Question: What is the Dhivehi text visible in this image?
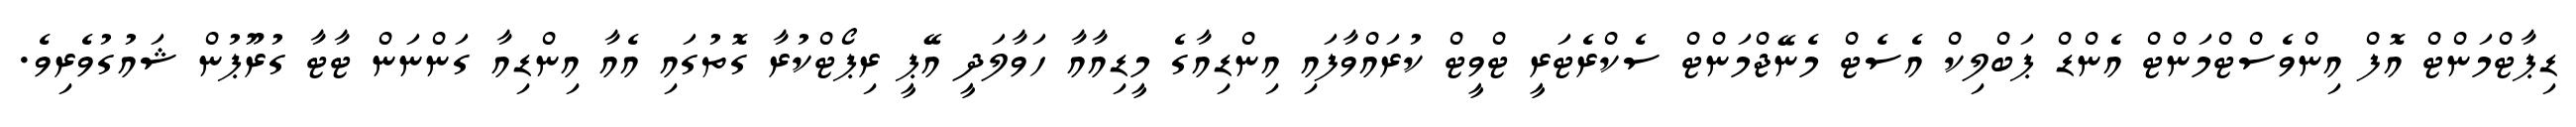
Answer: ޑިޕާޓްމަންޓް އޮފް އިންވެސްޓްމަންޓް އެންޑް ޕަބްލިކް އެސެޓް މެނޭޖްމަންޓް ސެކްރެޓަރީ ޓްވީޓް ކުރައްވާފައި އިންޑިއާގެ މީޑިއާއާ ހަވާލަދީ އޭޕީ ރިޕޯޓްކުރާ ގޮތުގައި އެއާ އިންޑިއާ ގަންނަން ޓާޓާ ގުރޫޕުން ޝައުގުވެރިވެ.